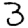
Digit: 3